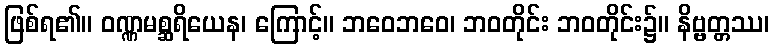
ဖြစ်ရ၏။ ဝဏ္ဏမစ္ဆရိယေန၊ ကြောင့်။ ဘဝေဘဝေ၊ ဘဝတိုင်း ဘဝတိုင်း၌။ နိဗ္ဗတ္တဿ၊